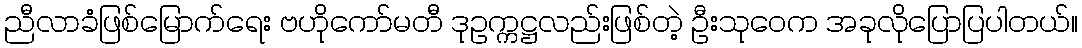
ညီလာခံဖြစ်မြောက်ရေး ဗဟိုကော်မတီ ဒုဥက္ကဋ္ဌလည်းဖြစ်တဲ့ ဦးသုဝေက အခုလိုပြောပြပါတယ်။